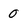
Character: 0